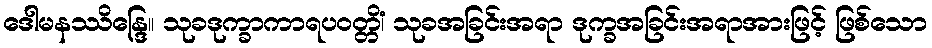
ဒေါမနဿိန္ဒြေ။ သုခဒုက္ခာကာရပဝတ္တိံ၊ သုခအခြင်းအရာ ဒုက္ခအခြင်းအရာအားဖြင့် ဖြစ်သော